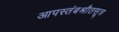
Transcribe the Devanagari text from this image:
आपस्तंबश्रौतसूत्र